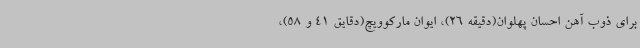
برای ذوب آهن احسان پهلوان(دقیقه 26)، ایوان مارکوویچ(دقایق 41 و 58)،